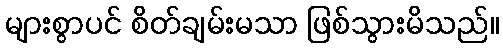
များစွာပင် စိတ်ချမ်းမသာ ဖြစ်သွားမိသည်။